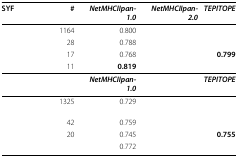
<table><thead><tr><td><b>SYF</b></td><td><b>#</b></td><td><b><i>NetMHCIIpan-1.0</i></b></td><td><b><i>NetMHCIIpan-2.0</i></b></td><td><b><i>TEPITOPE</i></b></td></tr></thead><tbody><tr><td>[EMPTY_CELL]</td><td>1164</td><td>0.800</td><td>[EMPTY_CELL]</td><td>[EMPTY_CELL]</td></tr><tr><td>[EMPTY_CELL]</td><td>28</td><td>0.788</td><td>[EMPTY_CELL]</td><td>[EMPTY_CELL]</td></tr><tr><td>[EMPTY_CELL]</td><td>17</td><td>0.768</td><td>[EMPTY_CELL]</td><td><b>0.799</b></td></tr><tr><td>[EMPTY_CELL]</td><td>11</td><td><b>0.819</b></td><td>[EMPTY_CELL]</td><td>[EMPTY_CELL]</td></tr><tr><td>[EMPTY_CELL]</td><td>[EMPTY_CELL]</td><td><b><i>NetMHCIIpan-1.0</i></b></td><td>[EMPTY_CELL]</td><td><b><i>TEPITOPE</i></b></td></tr><tr><td>[EMPTY_CELL]</td><td>1325</td><td>0.729</td><td>[EMPTY_CELL]</td><td>[EMPTY_CELL]</td></tr><tr><td>[EMPTY_CELL]</td><td>42</td><td>0.759</td><td>[EMPTY_CELL]</td><td>[EMPTY_CELL]</td></tr><tr><td>[EMPTY_CELL]</td><td>20</td><td>0.745</td><td>[EMPTY_CELL]</td><td><b>0.755</b></td></tr><tr><td>[EMPTY_CELL]</td><td>[EMPTY_CELL]</td><td>0.772</td><td>[EMPTY_CELL]</td><td>[EMPTY_CELL]</td></tr></tbody></table>